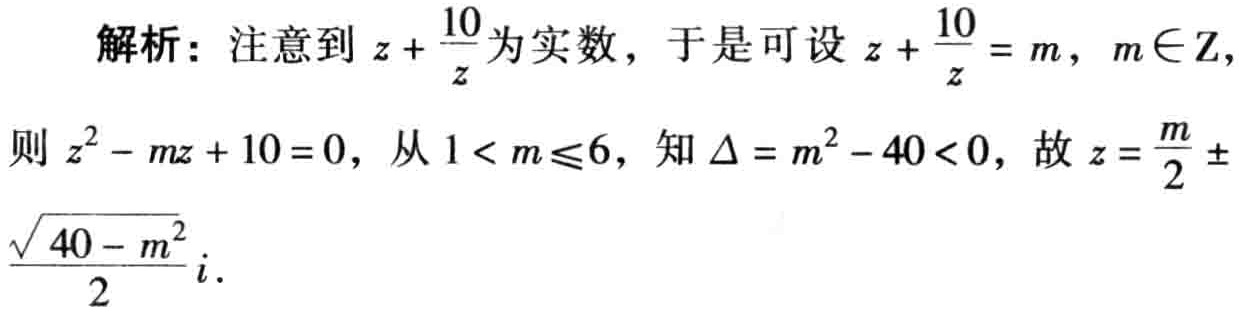
解析：注意到\(z + \frac{10}{z}\)为实数，于是可设\(z + \frac{10}{z} = m\)，\(m\in \mathbf{Z}\)，
则\(z^{2} - mz + 10 = 0\)，从\(1 < m\leqslant6\)，知\(\Delta = m^{2} - 40 < 0\)，故\(z = \frac{m}{2} \pm \frac{\sqrt{40 - m^{2}}}{2}i\)．